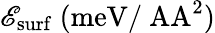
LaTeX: \mathscr{E}_{\mathrm{{surf}}}~\mathrm{{{(meV/\ AA^{2})}}}